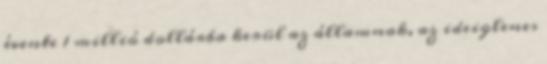
évente 1 millió dollárba kerül az államnak, az ideiglenes